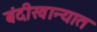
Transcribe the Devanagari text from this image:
बंदीखान्यात